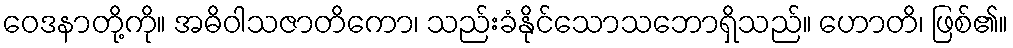
ဝေဒနာတို့ကို။ အဓိဝါသဇာတိကော၊ သည်းခံနိုင်သောသဘောရှိသည်။ ဟောတိ၊ ဖြစ်၏။